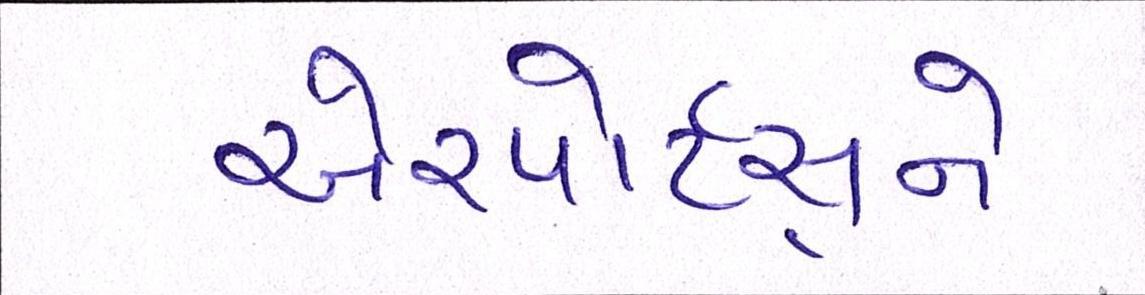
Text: એરપોર્ટ્સને